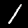
Digit: 1